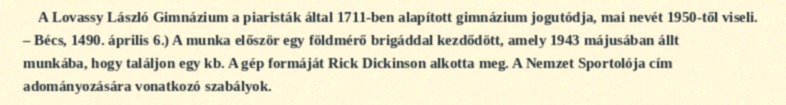
A Lovassy László Gimnázium a piaristák által 1711-ben alapított gimnázium jogutódja, mai nevét 1950-től viseli. – Bécs, 1490. április 6.) A munka először egy földmérő brigáddal kezdődött, amely 1943 májusában állt munkába, hogy találjon egy kb. A gép formáját Rick Dickinson alkotta meg. A Nemzet Sportolója cím adományozására vonatkozó szabályok.